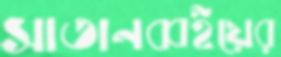
সাতানব্বইয়ের